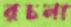
রচনা